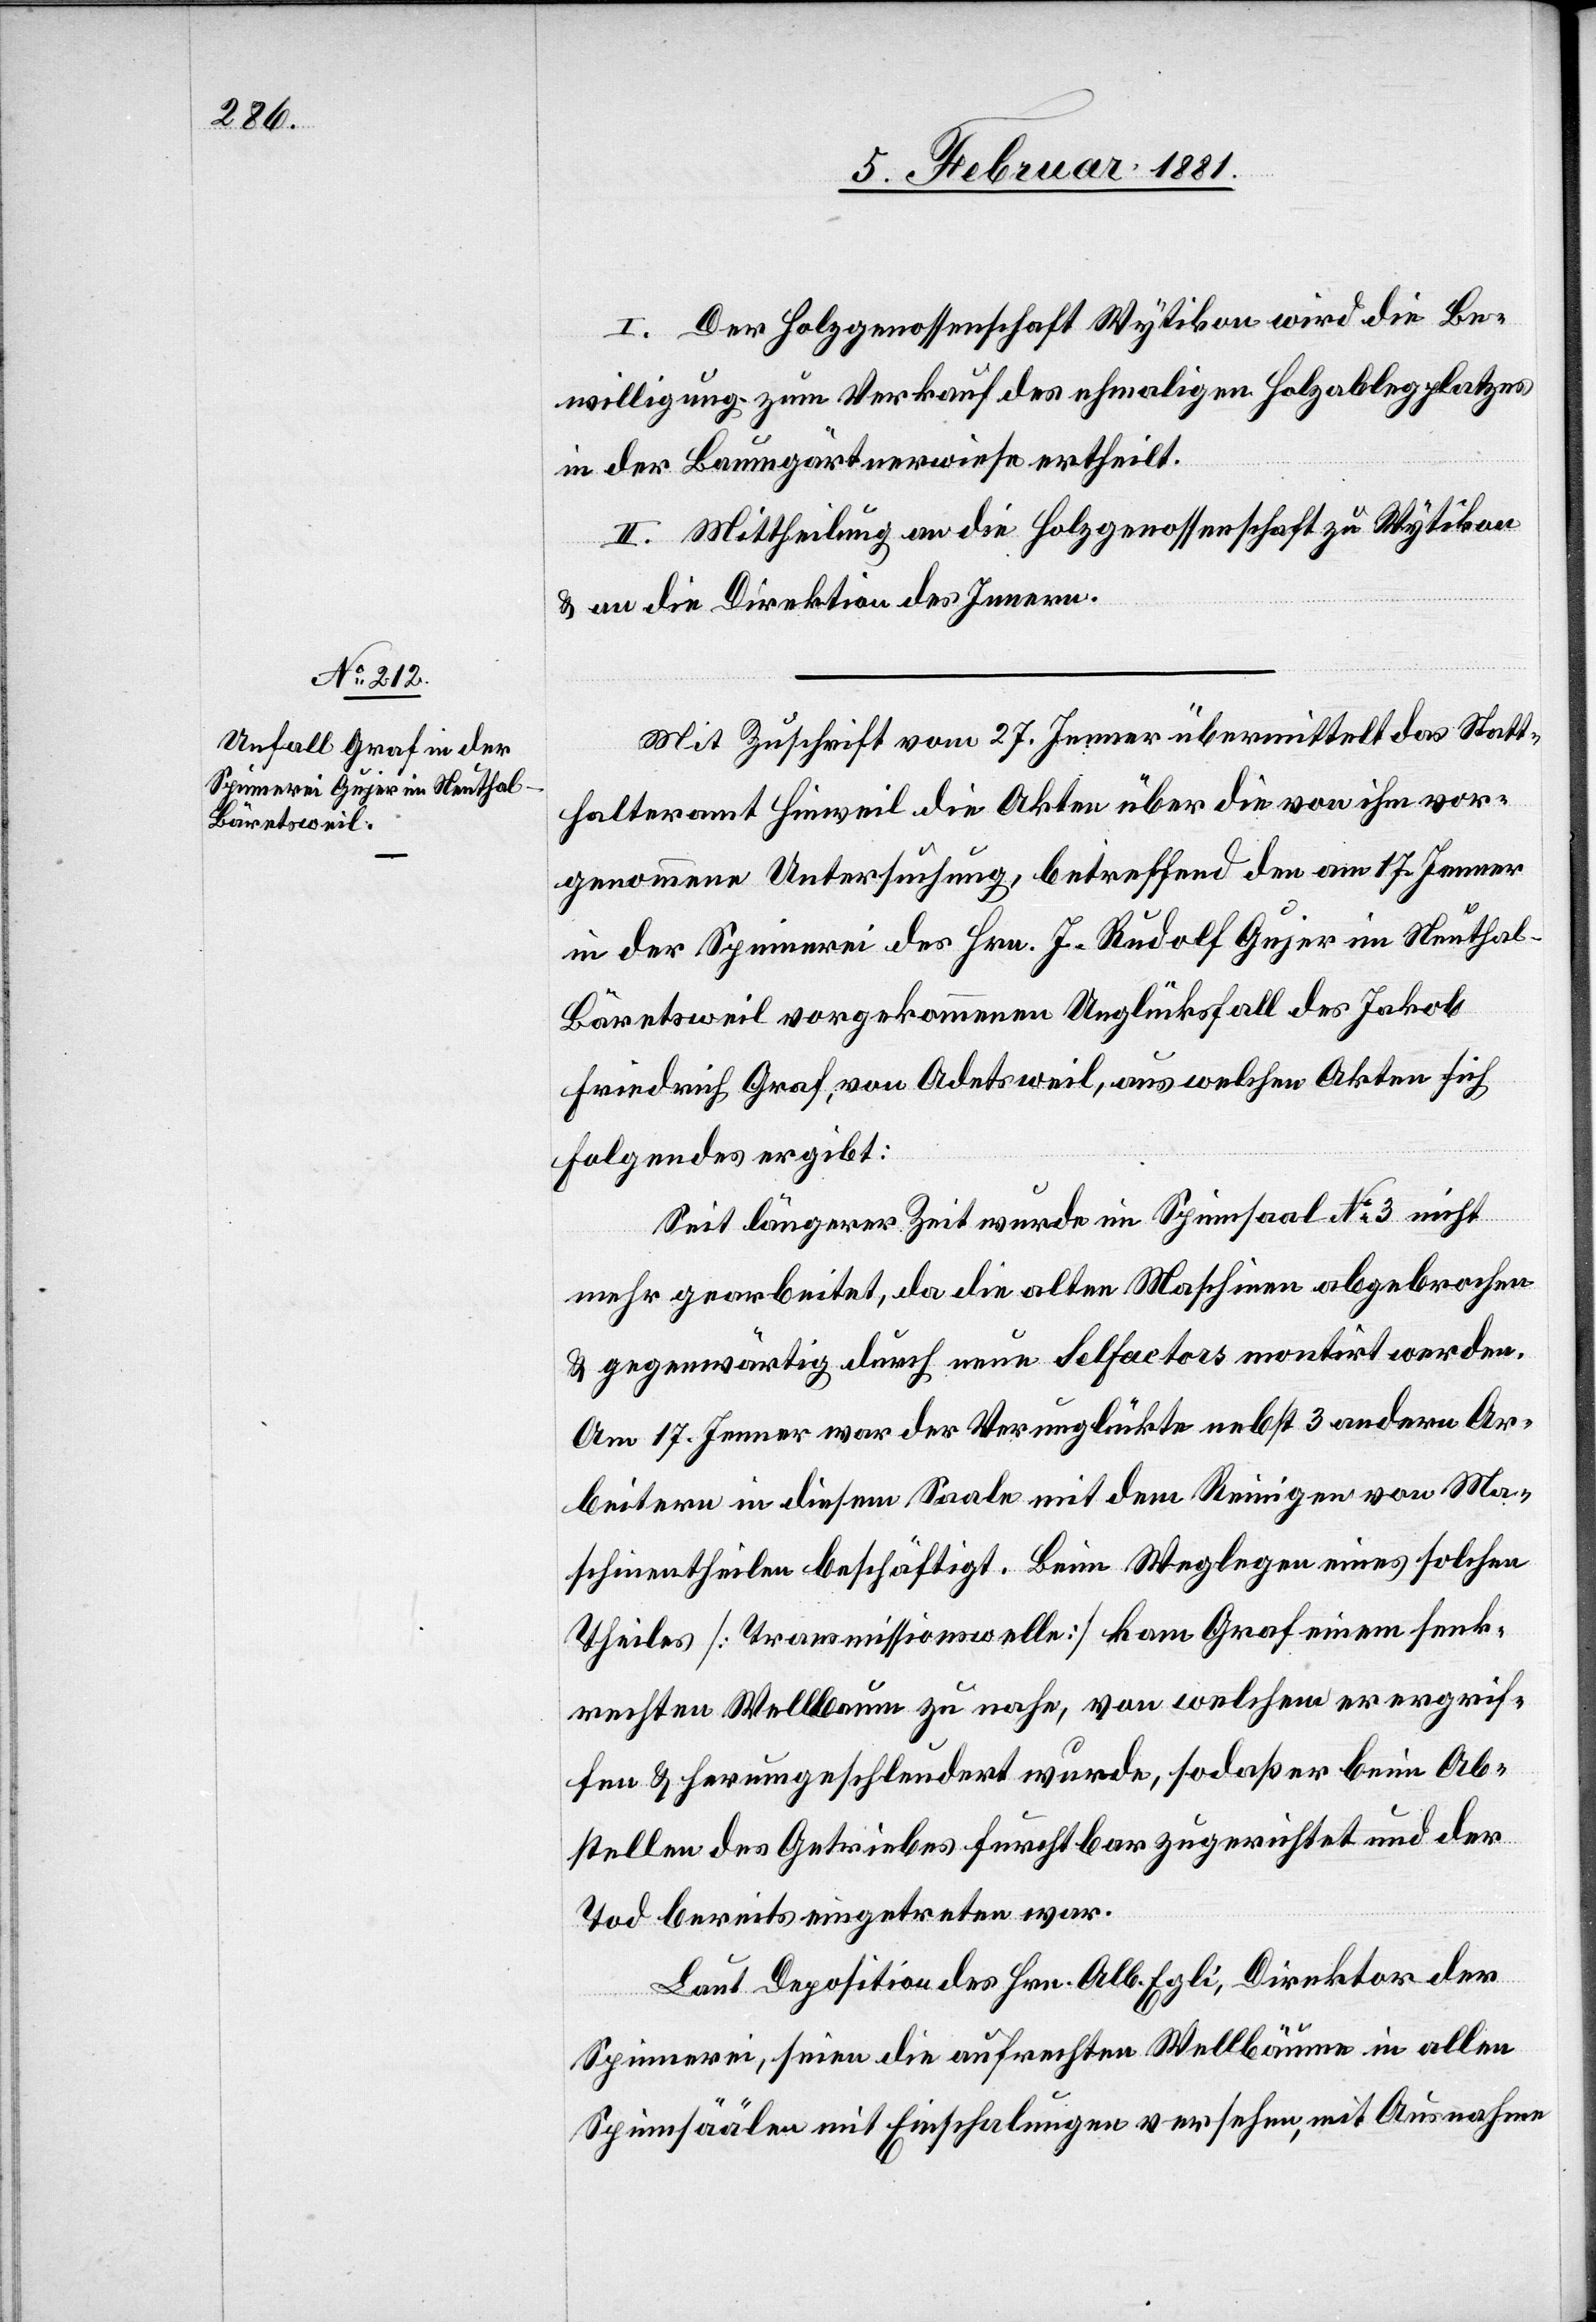
I. Der Holzgenossenschaft Wytikon wird die Be¬
willigung zum Verkauf des ehmaligen Holzablegeplatzes
in der Baumgärtnerwiese ertheilt.
II. Mittheilung an die Holzgenossenschaft zu Wytikon
& an die Direktion des Innern.
Mit Zuschrift vom 27. Jenner übermittelt das Statt¬
halteramt Hinweil die Akten über die von ihm vor¬
genommene Untersuchung, betreffend den am 17. Jenner
in der Spinnerei des Hrn. J. Rudolf Gujer im Neuthal
Bäretsweil vorgekommenen Unglücksfall des Jakob
Friedrich Graf, von Adetsweil, aus welchen Akten sich
folgendes ergibt:
Seit längerer Zeit wurde im Spinnsaal No 3 nicht
mehr gearbeitet, da die alten Maschinen abgebrochen
& gegenwärtig durch neue Selfactors montirt werden.
Am 17. Jenner war der Verunglückte nebst 3 andern Ar¬
beitern in diesem Saale mit dem Reinigen von Ma¬
schinentheilen beschäftigt. Beim Weglegen eines solchen
Theiles [Transmissionswelle] kam Graf einem senk¬
rechten Wellbaum zu nahe, von welchem er ergrif¬
fen & herumgeschleudert wurde, so daß er beim Ab¬
stellen des Getriebes furchtbar zugerichtet und der
Tod bereits eingetreten war.
Laut Deposition des Hrn. Alb. Egli, Direktor der
Spinnerei, seien die aufrechten Wellbäume in allen
Spinnsäälen mit Einschalungen versehen, mit Ausnahme